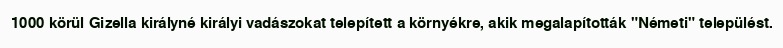
1000 körül Gizella királyné királyi vadászokat telepített a környékre, akik megalapították "Németi" települést.